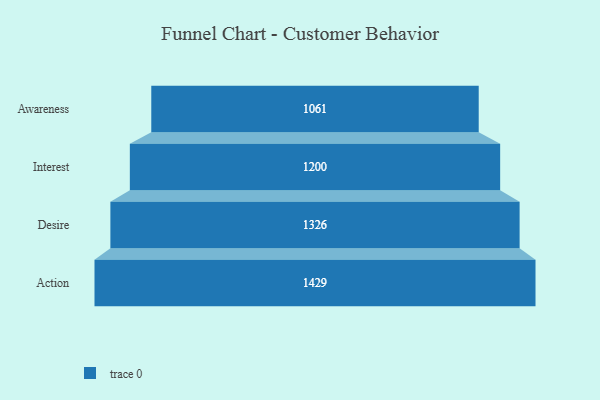
{"axis": {"x": "Stage", "y": "Value"}, "legend": [""], "data": [{"x": "Awareness", "y": 1061.0, "type": ""}, {"x": "Interest", "y": 1200.0, "type": ""}, {"x": "Desire", "y": 1326.0, "type": ""}, {"x": "Action", "y": 1429.0, "type": ""}]}